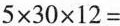
$$5 \times 3 0 \times 1 2 =$$